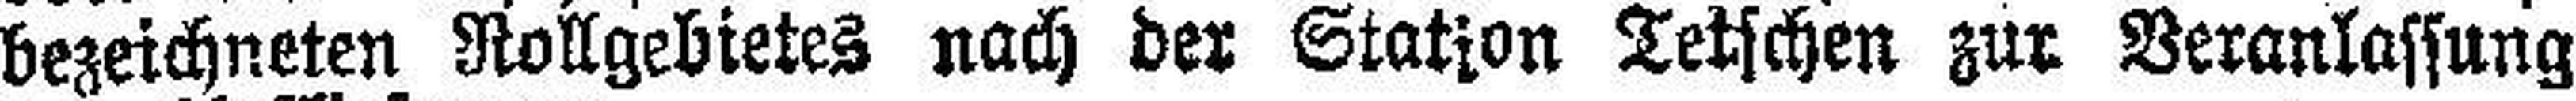
bezeichneten Rollgebietes nach der Station Tetschen zur Veranlassung